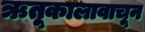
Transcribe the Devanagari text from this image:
ऋतूकालावाचून